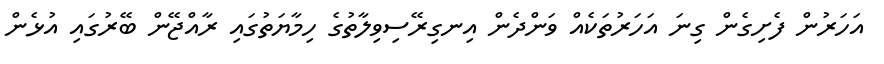
އަހަރުން ފެށިގެން ގިނަ އަހަރުތަކެއް ވަންދެން އިނގިރޭސިވިލާތުގެ ހިމާޔަތުގައި ރާއްޖޭން ބޭރުގައި އުޅެން